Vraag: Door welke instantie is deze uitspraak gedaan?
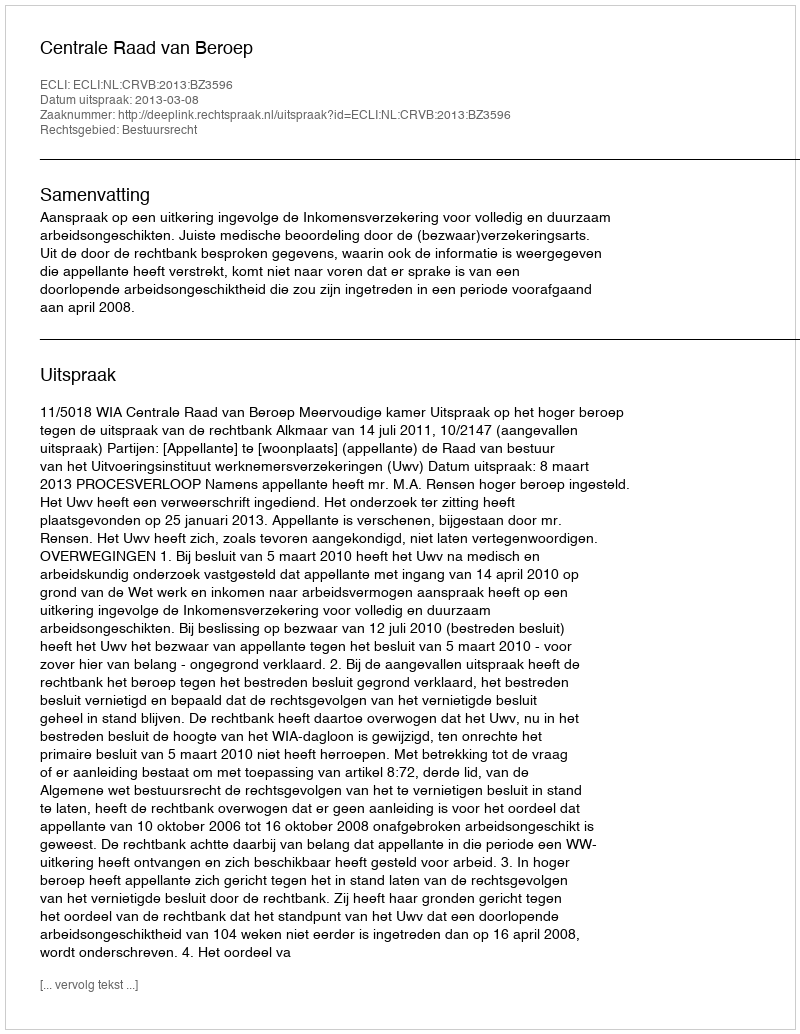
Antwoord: Centrale Raad van Beroep